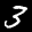
Label: 3